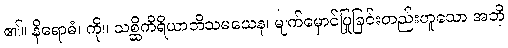
၏။ နိရောဓံ၊ ကို။ သစ္ဆိကိရိယာဘိသမယေန၊ မျက်မှောင်ပြုခြင်းတည်းဟူသော အဘိ